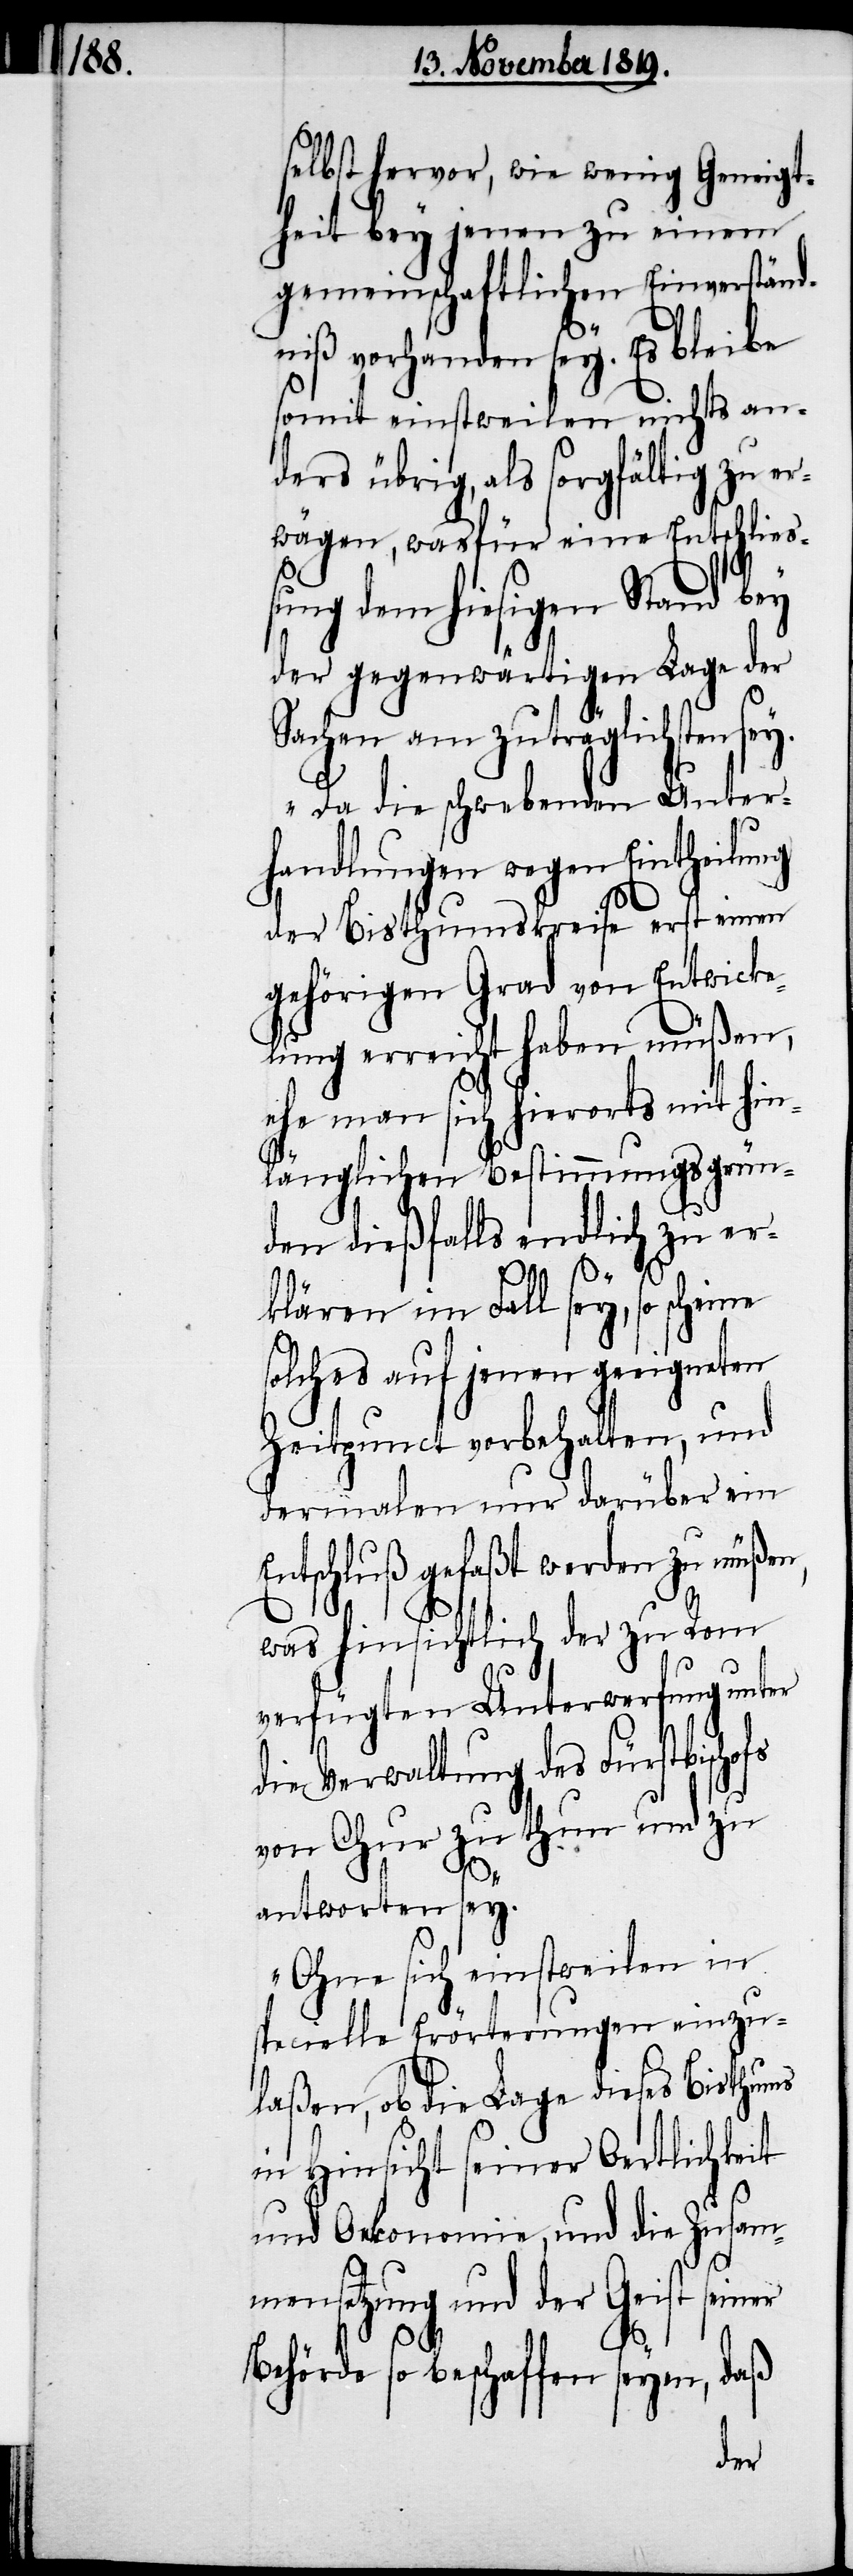
selbst hervor, wie wenig Geneigt¬
heit bey jenen zu einem
gemeinschaftlichen Einverständ¬
niß vorhanden sey. Es bleibe
somit einstweilen nichts an¬
ders übrig, als sorgfältig zu er¬
wägen, was für eine Entschlies¬
sung dem hiesigen Stand bey
der gegenwärtigen Lage der
Sachen am zuträglichsten
Da die schwebenden Unter¬
handlungen wegen Eintheilung
hofs
der Bisthumskreise erst einen
gehörigen Grad von Entwicke¬
lung erreicht haben müßen,
ehe man sich hierorts mit hin¬
länglichen Bestimmungsgrün¬
den dießfalls endlich zu er¬
klären im Fall sey, so scheine
solches auf jenen geeigneten
Zeitpunct vorbehalten, und
dermalen nur darüber ein
Entschluß gefaßt werden zu müßen,
was hinsichtlich der zu Rom
verfügten Unterwerfung unter
die Verwaltung des Fürstbisc¬
von Chur zu thun und zu
antworten sey.
Ohne sich einstweilen in
specielle Erörterungen einzu¬
laßen, ob die Lage dieses Bisthums
in Hinsicht seiner Oertlichkeit
und Oekonomie, und die Zusamm¬
ensetzung und der Geist
Behörde so beschaffen seyen, daß